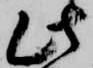
此